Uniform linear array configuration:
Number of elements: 48
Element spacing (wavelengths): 1
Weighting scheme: exponential
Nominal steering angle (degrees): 0
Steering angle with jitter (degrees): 0.2626
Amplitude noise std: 0.05
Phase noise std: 0.05

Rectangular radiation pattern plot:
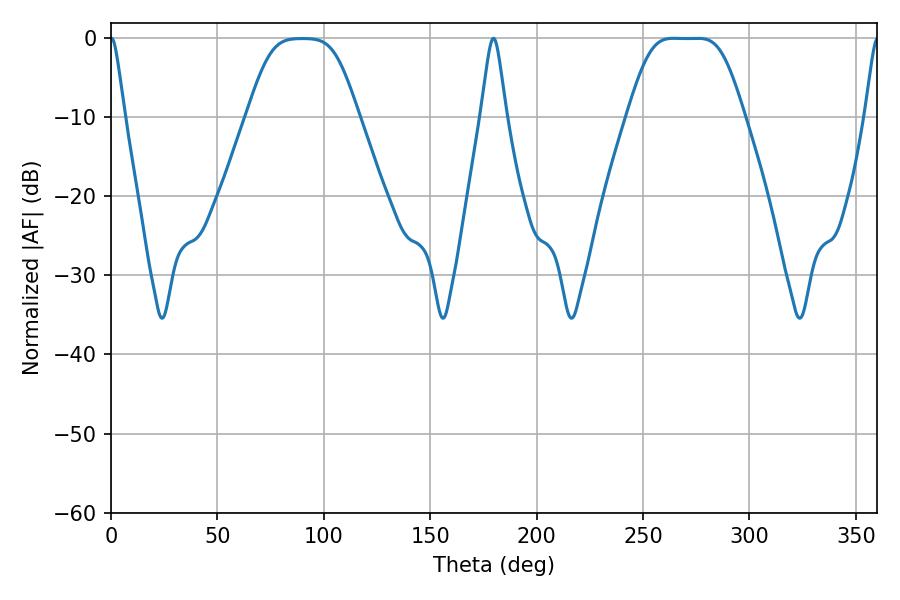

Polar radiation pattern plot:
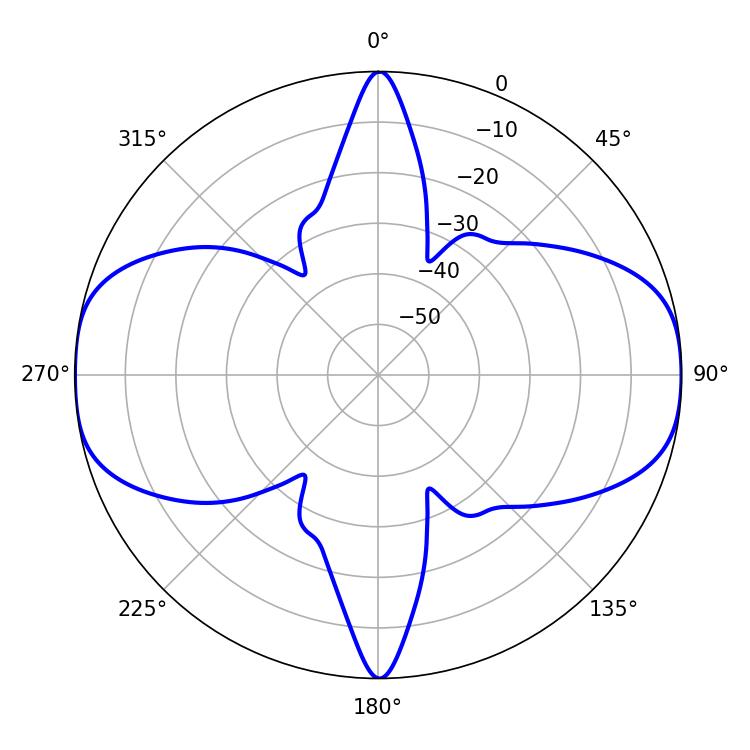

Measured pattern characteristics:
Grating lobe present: TRUE
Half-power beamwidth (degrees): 38.16
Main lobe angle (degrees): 264.42